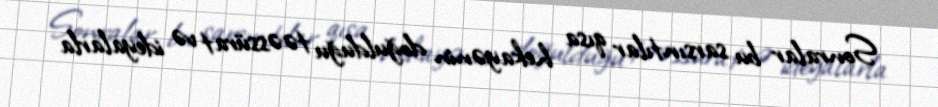
Sonralar bu sarsıntılar qısa hekayənin doğulduğu təəssürat və ideyalarla